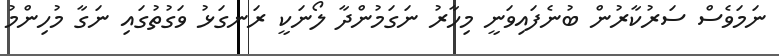
ނަމަވެސް ސަރުކާރުން ބުނެފައިވަނީ މިހާރު ނަގަމުންދާ ލޯނަކީ ރަނގަޅު ވަގުތުގައި ނަގާ މުހިންމު